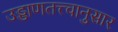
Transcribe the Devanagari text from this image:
उड्डाणतत्त्वानुसार